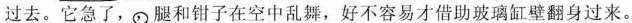
过去。它急了，，腿和钳子在空中乱舞，好不容易才借助玻璃缸壁翻身过来。